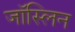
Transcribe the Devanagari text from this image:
जॉस्लिन